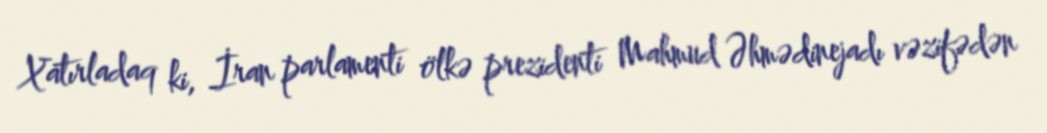
Xatırladaq ki, İran parlamenti ölkə prezidenti Mahmud Əhmədinejadı vəzifədən